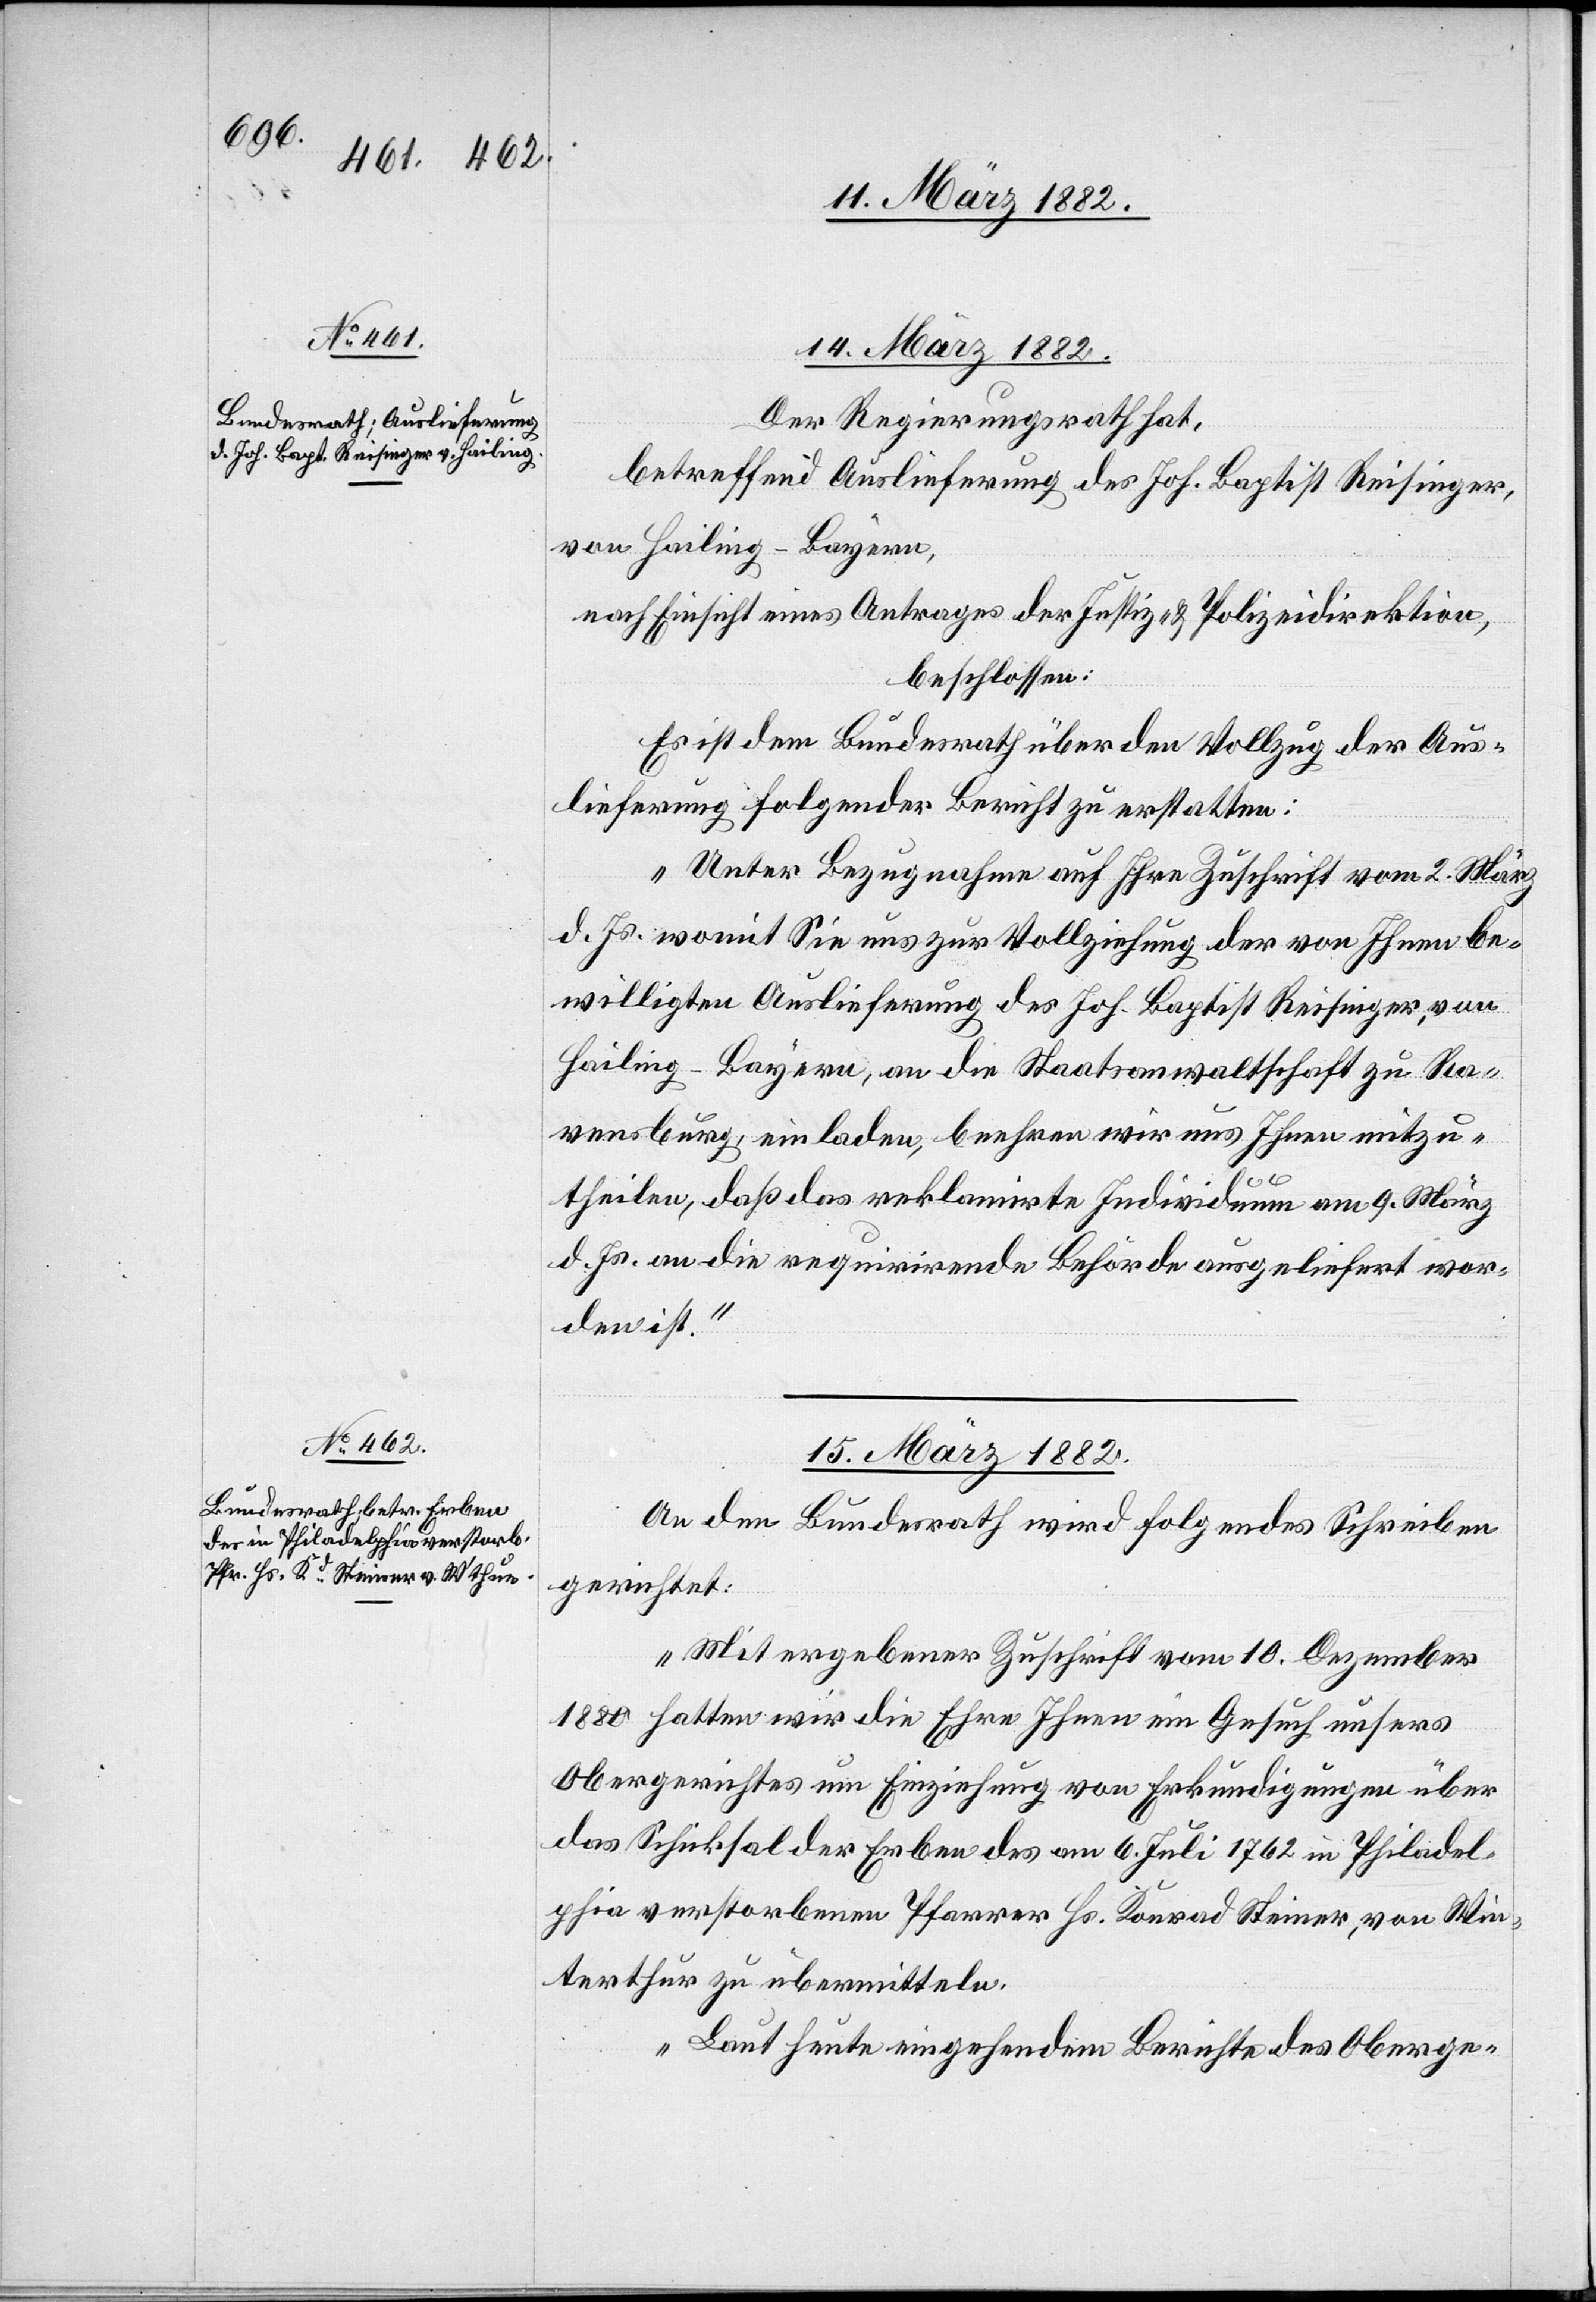
14. März 1882.
Der Regierungsrath hat,
betreffend Auslieferung des Joh. Baptist Reisinger,
von Hailing - Bayern,
nach Einsicht eines Antrages der Justiz- & Polizeidirektion,
beschlossen:
Es ist dem Bundesrath über den Vollzug der Aus¬
lieferung folgender Bericht zu erstatten:
„Unter Bezugnahme auf Ihre Zuschrift vom 2. März
d. Js. womit Sie uns zur Vollziehung der von Ihnen be¬
willigten Auslieferung des Joh. Baptist Reisinger, von
Hailing - Bayern, an die Staatsanwaltschaft zu Re¬
gensberg, einladen, beehren wir uns Ihnen mitzu¬
theilen, daß das reklamierte Individuum am 9. März
d. Js. an die requirirende Behörde ausgeliefert wor¬
den ist.“
15. März 1882.
An den Bundesrath wird folgendes Schreiben
gerichtet:
„Mit ergebener Zuschrift vom 10. Dezember
1880 hatten wir die Ehre Ihnen ein Gesuch unseres
Obergerichtes um Einziehung von Erkundigungen über
das Schicksal der Erben des am 6. Juli 1762 in Philadel¬
phia verstorbenen Pfarrer Hs. Konrad Steiner, von Win¬
terthur zu übermitteln.
Laut heute eingehendem Berichte des Oberge-